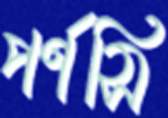
পর্ণসি